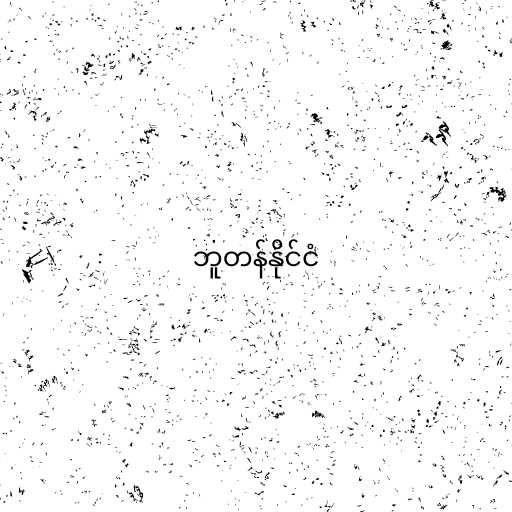
ဘူတန်နိုင်ငံ